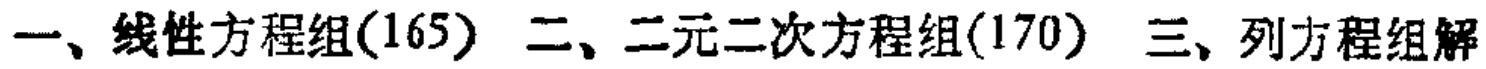
一、线性方程组(165) 二、二元二次方程组(170) 三、列方程组解